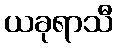
ယခုရာသီ